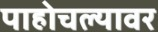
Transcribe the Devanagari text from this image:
पाहोचल्यावर